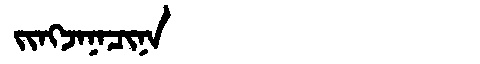
Manchu: ᠵᡳᠩᠵᠠᠨᠠᠴᡳᠨᠠ
Romanization: JINGJANACINA